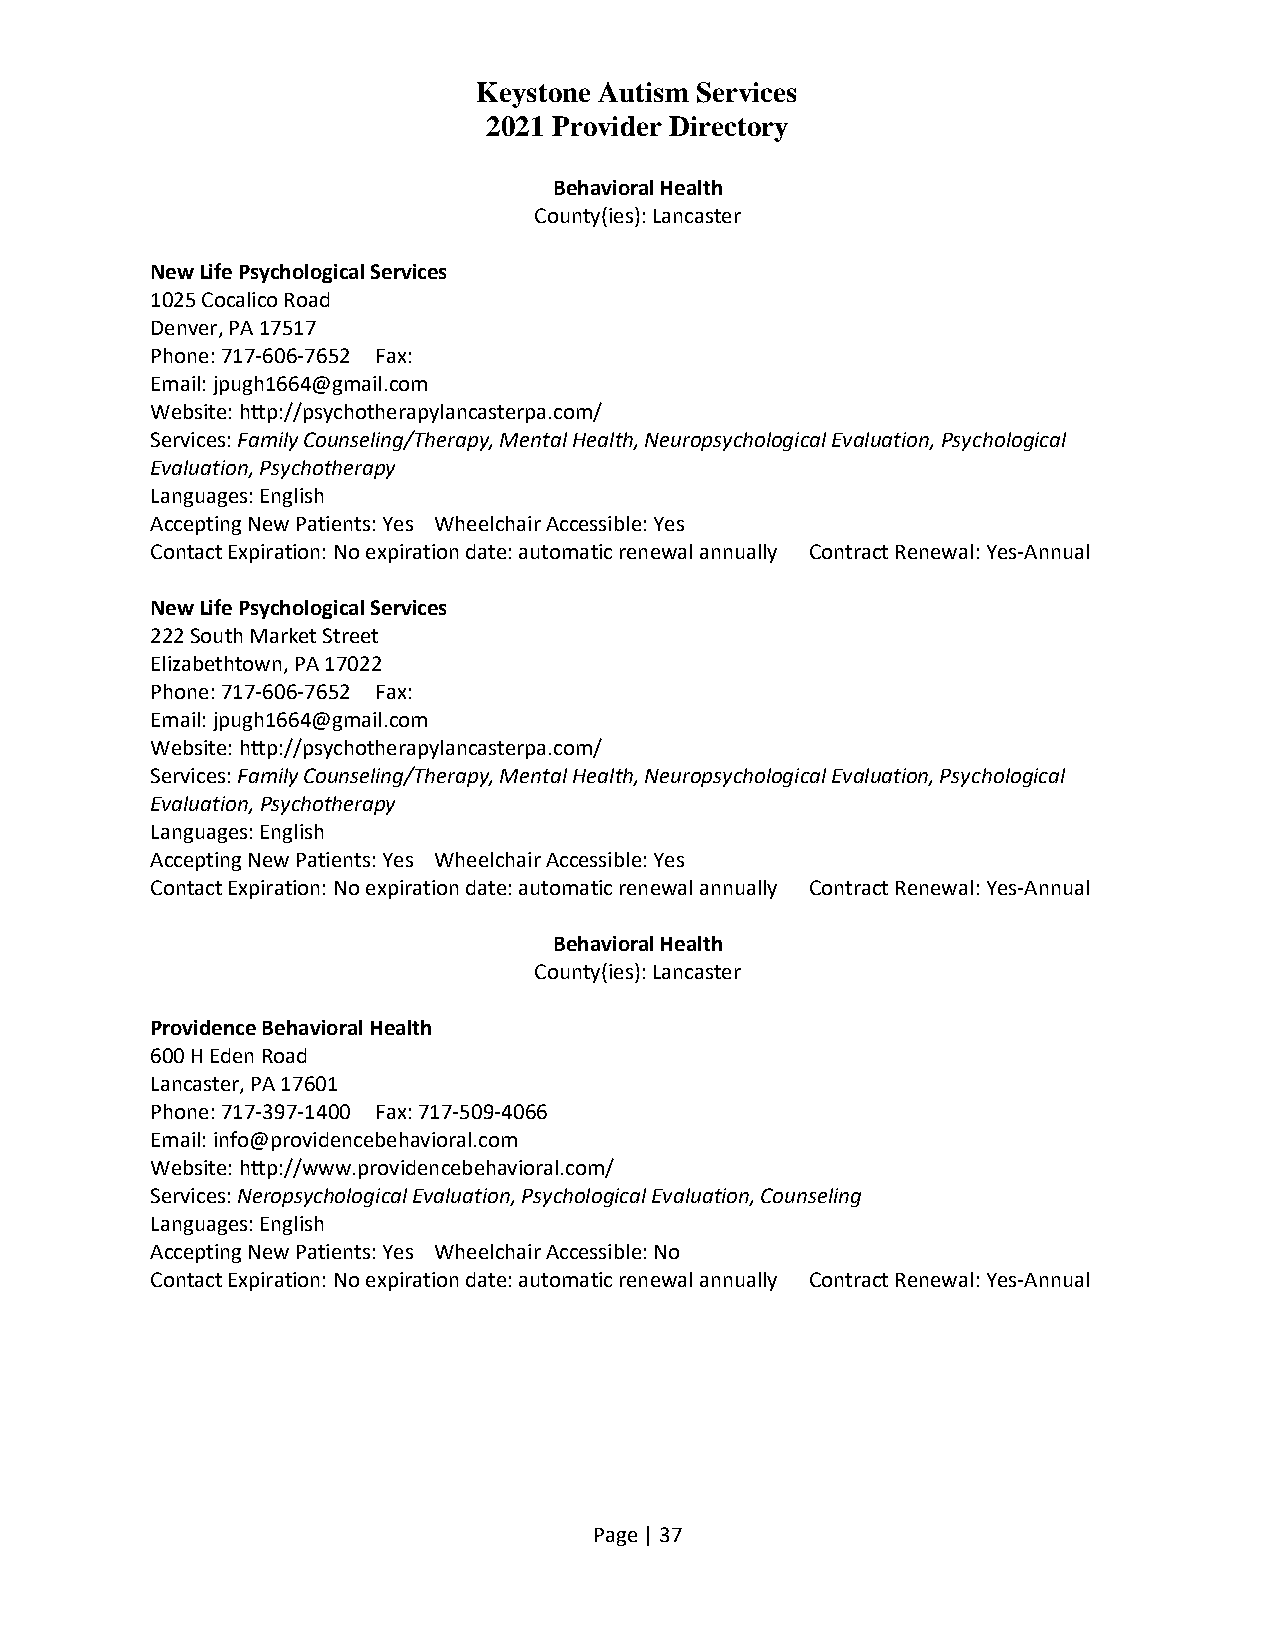
Keystone Autism Services
 2021 Provider Directory
 Behavioral Health
 County(ies): Lancaster
 New Life Psychological Services
 1025 Cocalico Road
 Denver, PA 17517
 Phone: 717-606-7652 Fax:
 Email: jpugh1664@gmail.com
 Website: http://psychotherapylancasterpa.com/
 Services: Family Counseling/Therapy, Mental Health, Neuropsychological Evaluation, Psychological
 Evaluation, Psychotherapy
 Languages: English
 Accepting New Patients: Yes Wheelchair Accessible: Yes
 Contact Expiration: No expiration date: automatic renewal annually Contract Renewal: Yes-Annual
 New Life Psychological Services
 222 South Market Street
 Elizabethtown, PA 17022
 Phone: 717-606-7652 Fax:
 Email: jpugh1664@gmail.com
 Website: http://psychotherapylancasterpa.com/
 Services: Family Counseling/Therapy, Mental Health, Neuropsychological Evaluation, Psychological
 Evaluation, Psychotherapy
 Languages: English
 Accepting New Patients: Yes Wheelchair Accessible: Yes
 Contact Expiration: No expiration date: automatic renewal annually Contract Renewal: Yes-Annual
 Behavioral Health
 County(ies): Lancaster
 Providence Behavioral Health
 600 H Eden Road
 Lancaster, PA 17601
 Phone: 717-397-1400 Fax: 717-509-4066
 Email: info@providencebehavioral.com
 Website: http://www.providencebehavioral.com/
 Services: Neropsychological Evaluation, Psychological Evaluation, Counseling
 Languages: English
 Accepting New Patients: Yes Wheelchair Accessible: No
 Contact Expiration: No expiration date: automatic renewal annually Contract Renewal: Yes-Annual
 Page | 37